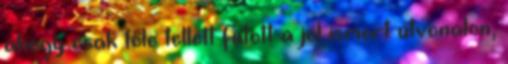
ahogy csak tőle tellett futott a jól ismert útvonalon,